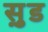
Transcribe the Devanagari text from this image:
सु़ड